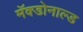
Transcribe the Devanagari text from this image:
मॅक्डोनाल्ड